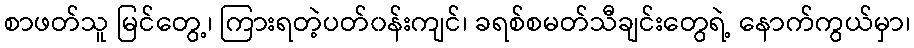
စာဖတ်သူ မြင်တွေ့၊ ကြားရတဲ့ပတ်၀န်းကျင်၊ ခရစ်စမတ်သီချင်းတွေရဲ့ နောက်ကွယ်မှာ၊